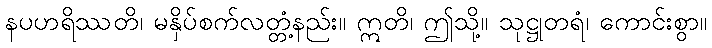
နပဟရိဿတိ၊ မနှိပ်စက်လတ္တံ့နည်း။ ဣတိ၊ ဤသို့။ သုဋ္ဌုတရံ၊ ကောင်းစွာ။